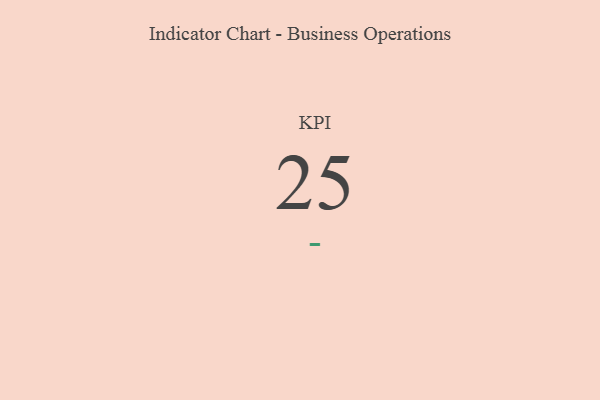
{"axis": {"x": "KPI", "y": "Value"}, "legend": [""], "data": [{"x": "KPI", "y": 25, "type": ""}]}